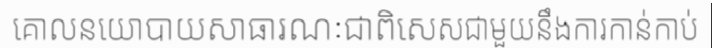
គោលនយោបាយសាធារណៈជាពិសេសជាមួយនឹងការកាន់កាប់